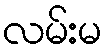
လမ်းမ